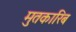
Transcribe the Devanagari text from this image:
मुतकारिब